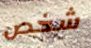
شخص